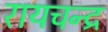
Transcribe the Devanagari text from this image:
रायचन्द्र